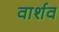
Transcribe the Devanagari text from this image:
वार्शव